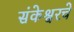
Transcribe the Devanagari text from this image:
संकेश्वरचे